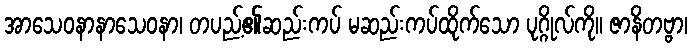
အာသေဝနာနာသေဝနာ၊ တပည့်၏ဆည်းကပ် မဆည်းကပ်ထိုက်သော ပုဂ္ဂိုလ်ကို။ ဇာနိတဗ္ဗာ၊